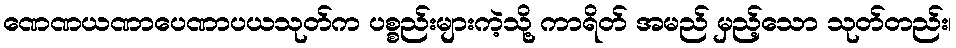
ဏေဏယဏာပေဏာပယသုတ်က ပစ္စည်းများကဲ့သို့ ကာရိတ် အမည် မှည့်သော သုတ်တည်း၊